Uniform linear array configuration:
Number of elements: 48
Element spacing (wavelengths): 0.75
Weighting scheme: exponential
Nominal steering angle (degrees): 15
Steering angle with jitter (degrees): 13.303
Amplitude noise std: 0.05
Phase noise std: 0.05

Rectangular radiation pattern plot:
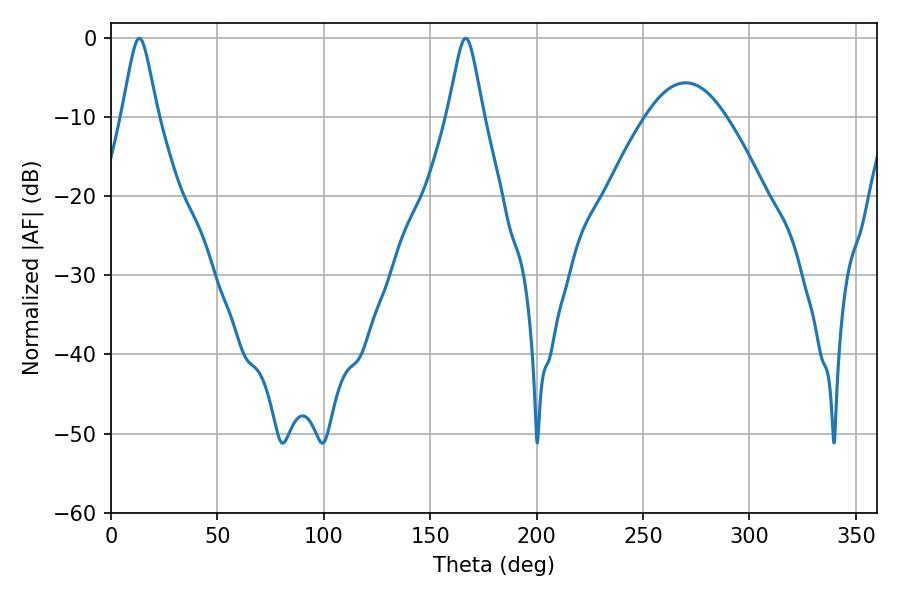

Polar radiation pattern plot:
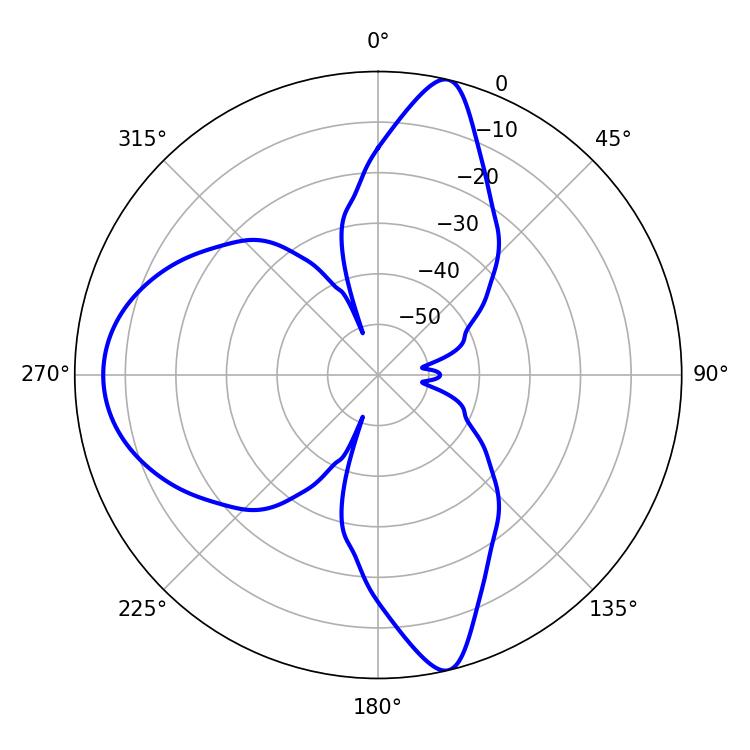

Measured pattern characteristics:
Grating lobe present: TRUE
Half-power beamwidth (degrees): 7.92
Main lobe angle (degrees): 13.32